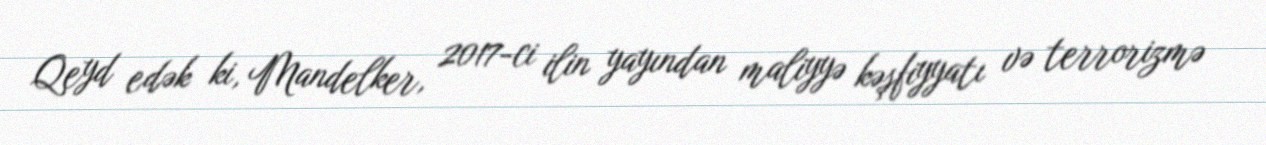
Qeyd edək ki, Mandelker, 2017-ci ilin yayından maliyyə kəşfiyyatı və terrorizmə